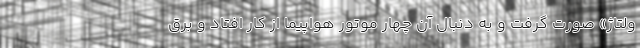
ولتاژ» صورت گرفت و به دنبال آن چهار موتور هواپیما از کار افتاد و برق